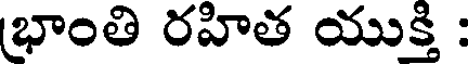
భాంతి రహిత యుక్తి :